Indian journal of veterinary science and animal husbandry - Volumes 26-27, 1956-1957
Year: 1956
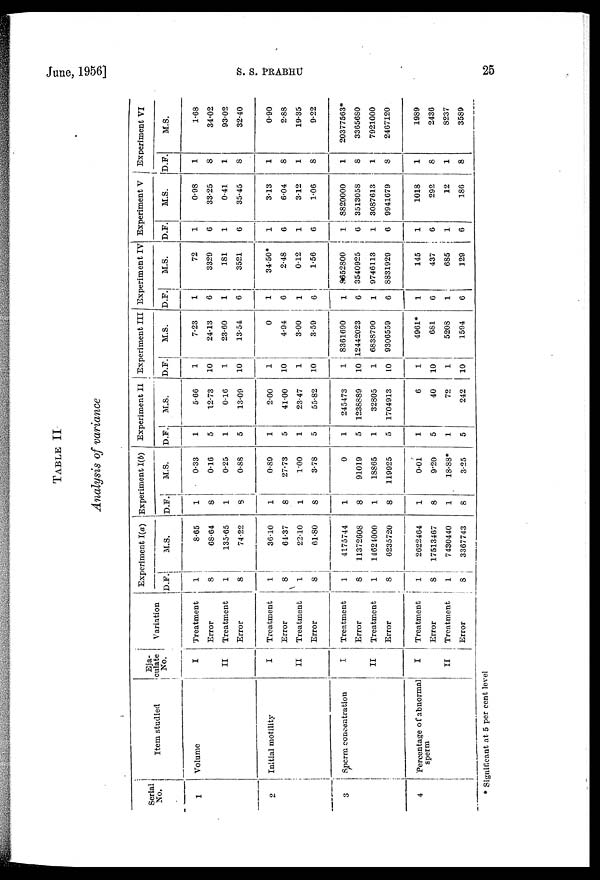
June, 1956]
S.
S.
PRABHU
25
TABLE II
Analysis of variance
Serial
No.
1
2
3
4
Item studied.
Volume
Initial motility
Sperm concentration
Percentage of abnormal
sperm
Eja-
culate No.
I
II
I
II
II
I
II
Variation
Treatment
Error
Treatment
Error
Treatment
Error
Treatment
Error
Treatment
Error
Treatment
Error
Treatment
Error
Treatment
Error
Experiment I(a)
D.F.
1
8
1
8
1
8
1
8
1
8
1
8
1
8
1
8
M.S.
8.65
68.64
135.65
74.22
36.10
64.37
22.10
61.80
4175744
11372608
14624000
6235720
2622464
17513467
7430440
3367743
Experiment 1(6)
D.F.
1
8
1
8
1
8
1
8
1
8
1
8
1
8
1
8
M.S.
0.33
0.16
0.25
0.88
0.89
27.73
1.00
3.78
0
91019
18865
119925
0.01
9.20
18.88*
3.25
Experiment II
D.F.
1
5
1
5
1
5
1
5
1
5
1
5
1
5
1
5
M.S.
5.66
12.73
0.16
13.09
2.00
41-00
23-47
55.82
245473
1238889
32805
1704913
6
40
72
242
Experiment III
D.F.
1
10
1
10
1
10
1
10
1
10
1
10
1
10
1
10
M.S.
7.23
24.13
23.60
13.54
0
4.94
3.00
3.59
8361690
12442023
6838790
9306559
4961*
681
5208
1594
Experiment IV
D.F.
1
6
1
6
1
6
1
6
1
6
1
6
1
6
1
6
M.S.
72
3329
181
3521
34.50*
2.48
0.12
1.56
8652800
3540925
9746113
881929
145
437
685
129
Experiment V
D.F.
1
6
1
6
1
6
1
6
1
6
1
6
1
6
1
6
M.S.
0.98
33.25
0.41
35.45
3.13
6.04
3.12
1.06
8820000
3513058
3087613
9941679
1018
292
12
186
Experiment VI
D.F.
1
8
1
8
1
8
1
8
1
8
1
8
1
8
1
8
M.S.
1.68
34.02
93.02
32.40
0.90
2.88
19.35
9.22
20377563*
3365680
7921000
2467120
1989
2436
8237
3589
* Significant at 5 per cent level